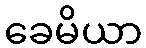
ခေမိယာ